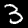
Digit: 3